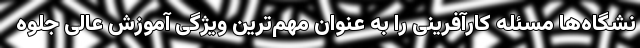
نشگاه‌ها مسئله کارآفرینی را به عنوان مهم‌ترین ویژگی آموزش عالی جلوه